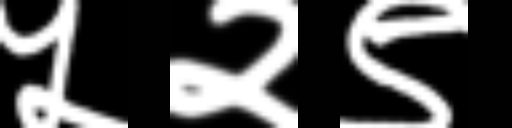
Text: ५२९